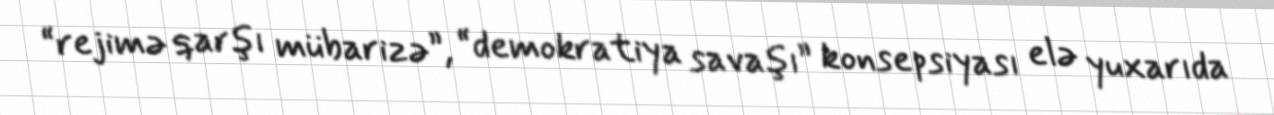
“rejimə qarşı mübarizə”, “demokratiya savaşı” konsepsiyası elə yuxarıda